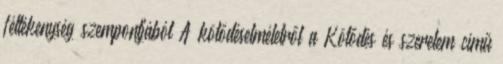
féltékenység szempontjából A kötődéselméletről a Kötődés és szerelem című